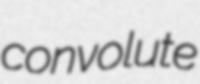
convolute